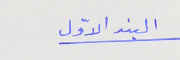
البند الاوّل